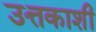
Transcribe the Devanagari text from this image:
उत्तकाशी